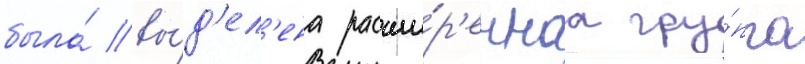
была́ вы́д'ел'ена расши́р'еннаа гру́ппа